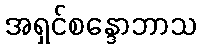
အရှင်စန္ဒောဘာသ